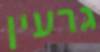
גרעין